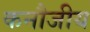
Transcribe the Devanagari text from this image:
कनौजीय